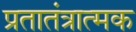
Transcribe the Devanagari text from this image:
प्रतातंत्रात्मक